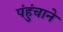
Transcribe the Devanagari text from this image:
पंहुंचाने